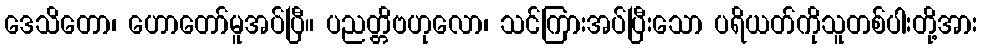
ဒေသိတော၊ ဟောတော်မူအပ်ပြီ။ ပညတ္တိဗဟုလော၊ သင်ကြားအပ်ပြီးသော ပရိယတ်ကိုသူတစ်ပါးတို့အား